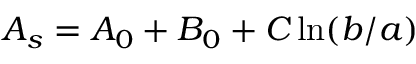
A _ { s } = A _ { 0 } + B _ { 0 } + C \ln ( b / a )